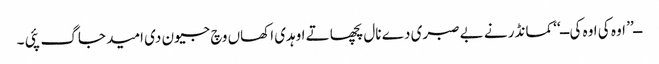
ــ’’ اوہ کی اوہ کی ــ‘‘ کمانڈر نے بے صبری دے نال پچھا تے اوہدی اکھاں وچ جیون دی امید جاگ پئی ۔